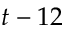
t - 1 2